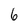
Character: 6